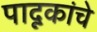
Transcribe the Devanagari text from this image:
पादूकांचे